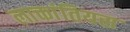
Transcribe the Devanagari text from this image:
लाक्तांतियस